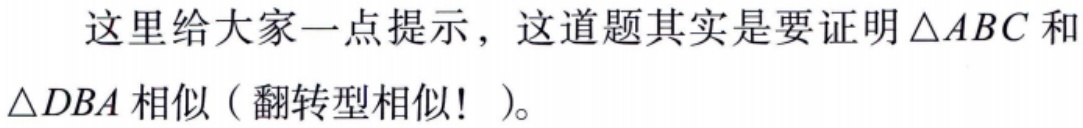
这里给大家一点提示，这道题其实是要证明\(\triangle ABC\)和\(\triangle DBA\)相似（翻转型相似！）。